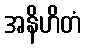
အနိဟိတံ